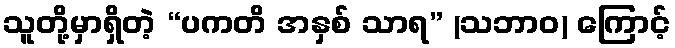
သူတို့မှာရှိတဲ့ “ပကတိ အနှစ် သာရ” (သဘာဝ) ကြောင့်